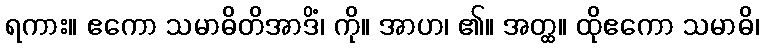
ရကား။ ဧကော သမာဓိတိအာဒိံ၊ ကို။ အာဟ၊ ၏။ အတ္ထ။ ထိုဧကော သမာဓိ၊